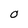
Character: O